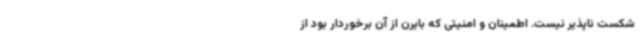
شکست ناپذیر نیست. اطمینان و امنیتی که بایرن از آن برخوردار بود از